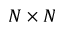
N \times N